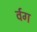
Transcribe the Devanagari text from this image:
र्वग